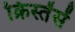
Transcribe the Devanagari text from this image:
क्रिस्तेंसें